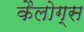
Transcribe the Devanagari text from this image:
कैलोग्स